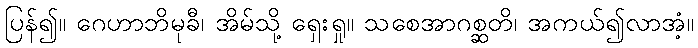
ပြန်၍။ ဂေဟာဘိမုခီ၊ အိမ်သို့ ရှေးရှု။ သစေအာဂစ္ဆတိ၊ အကယ်၍လာအံ့။